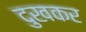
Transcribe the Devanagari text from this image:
दुखकर